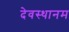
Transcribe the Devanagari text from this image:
देवस्‍थानम